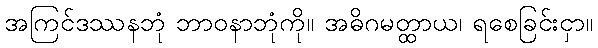
အကြင်ဒဿနဘုံ ဘာဝနာဘုံကို။ အဓိဂမတ္ထာယ၊ ရစေခြင်းငှာ။